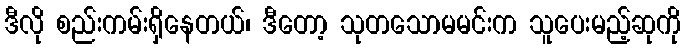
ဒီလို စည်းကမ်းရှိနေတယ်၊ ဒီတော့ သုတသောမမင်းက သူပေးမည့်ဆုကို